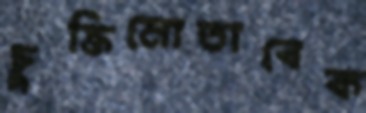
চুক্তিমোতাবেক